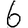
Digit: 6